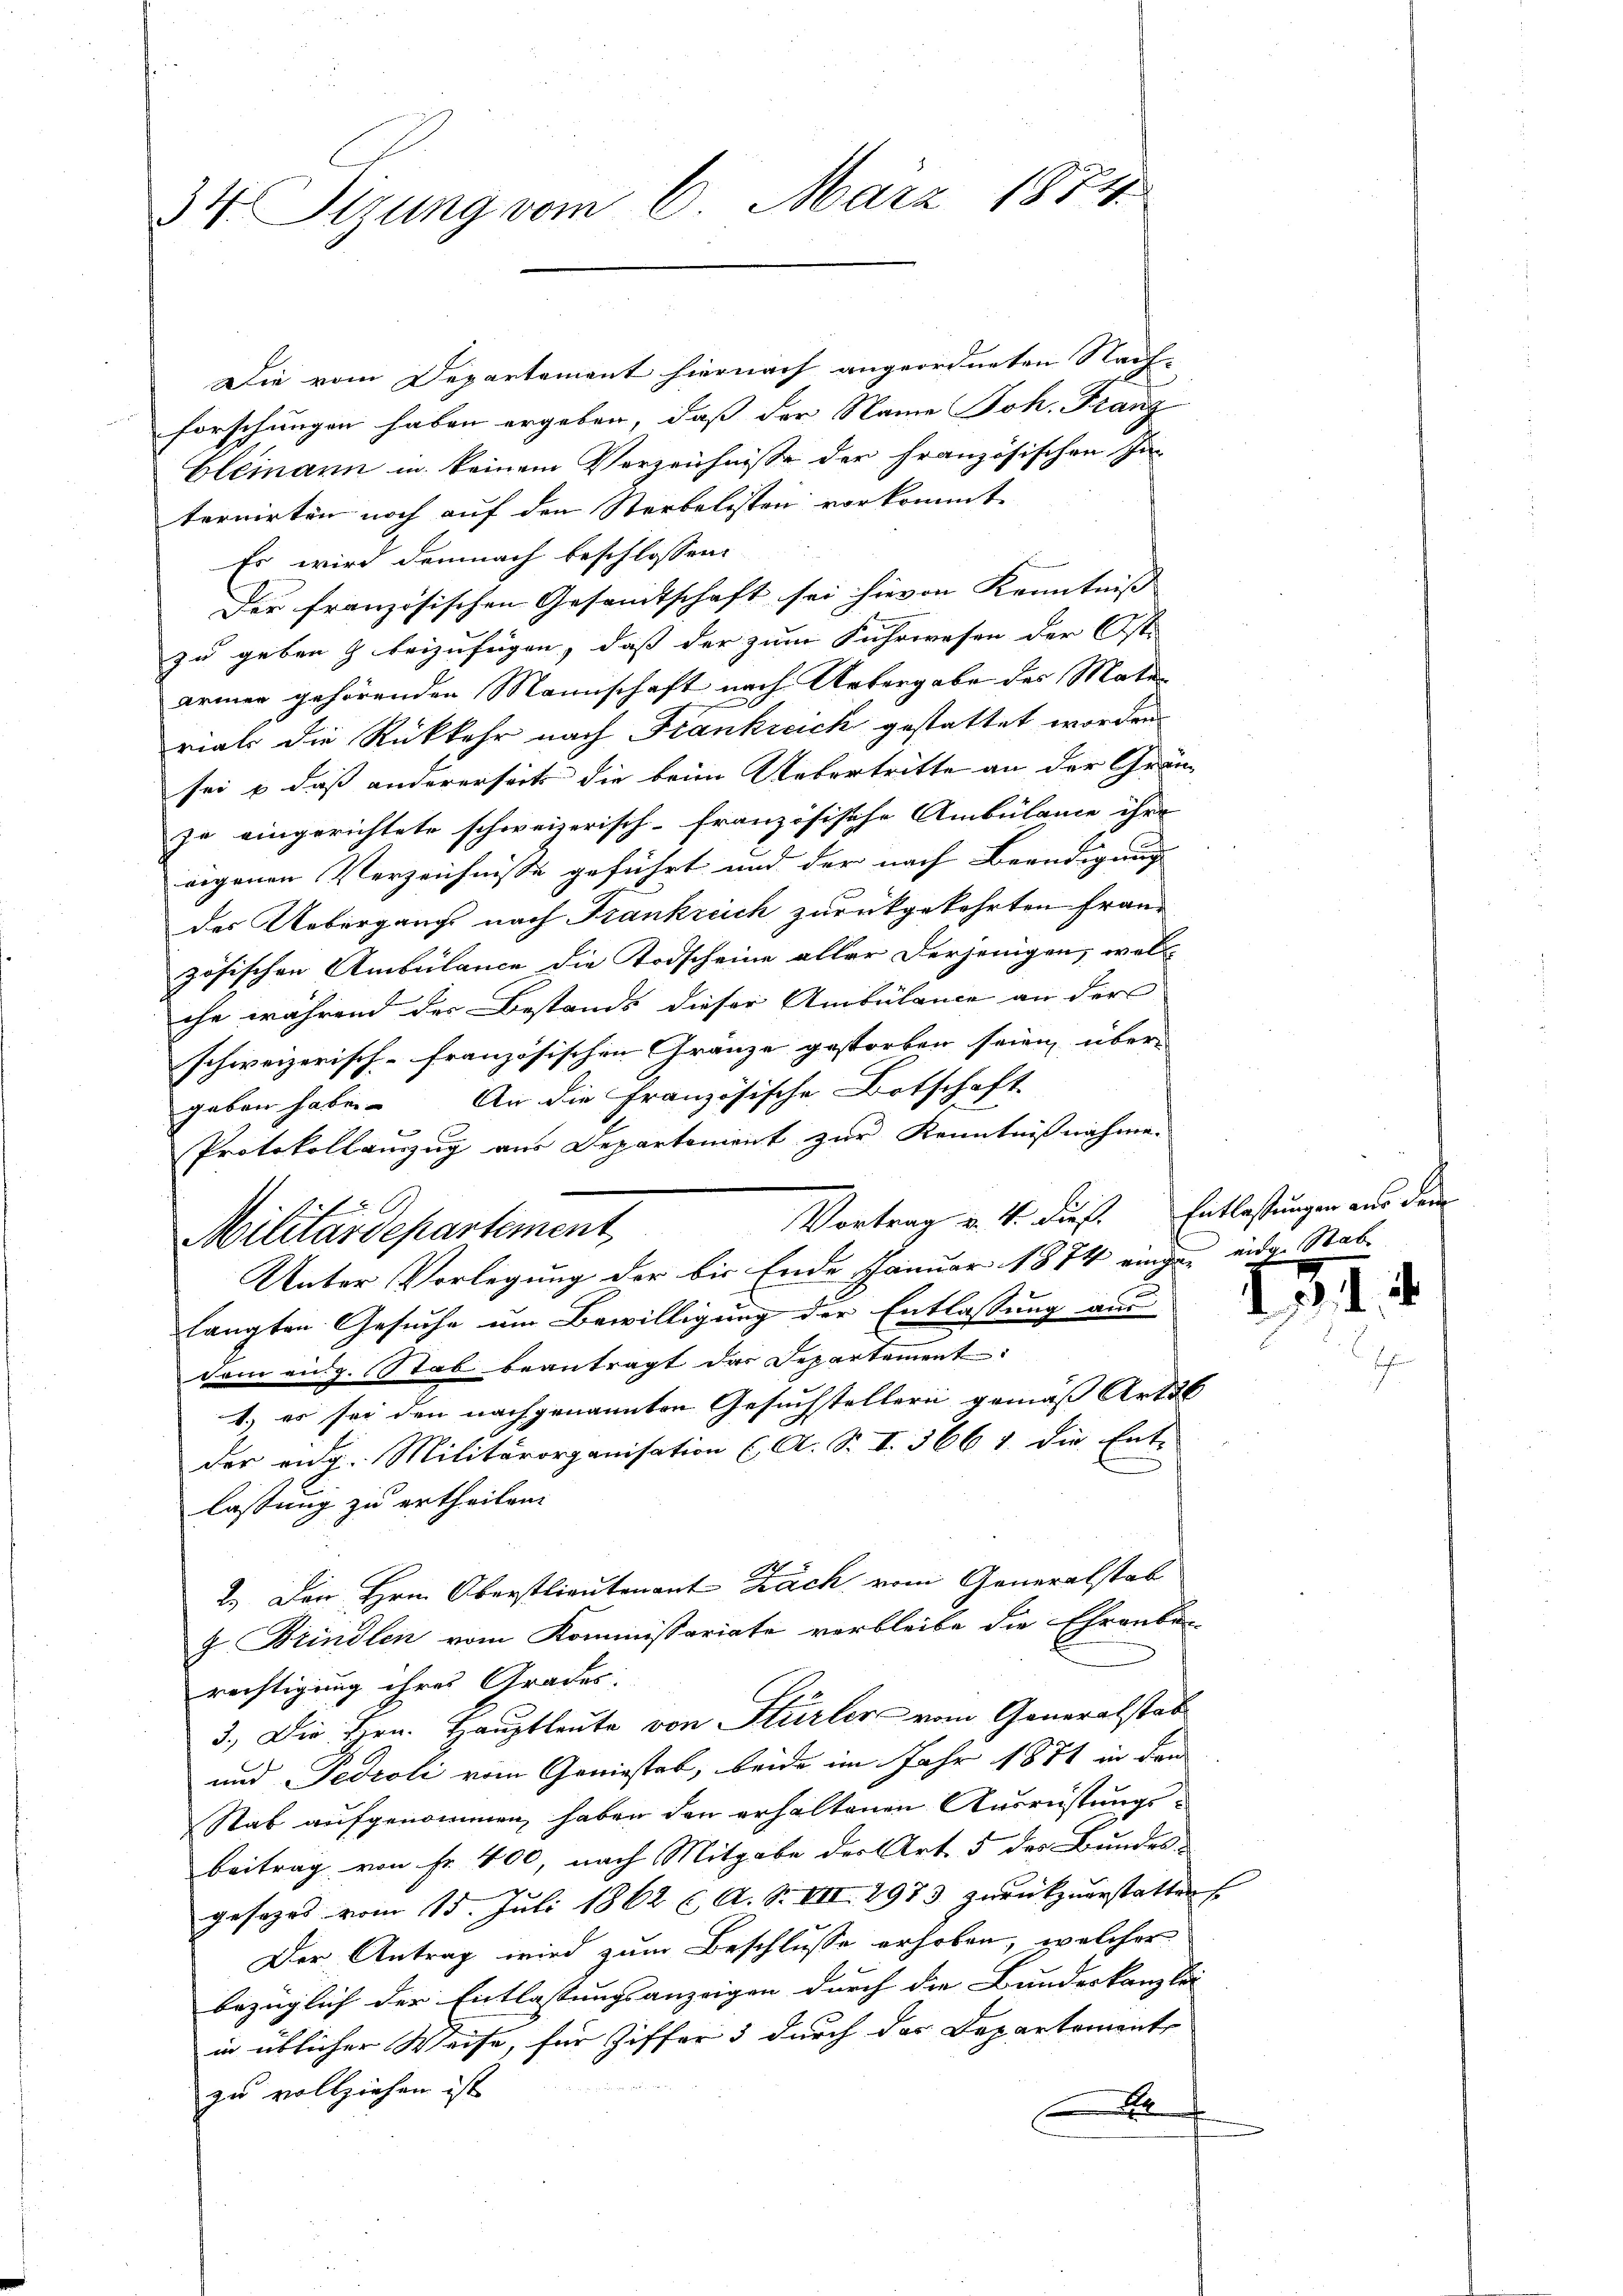
34. Sizung vom 6. März 1874.

Die vom Departement hiernach angeordneten Nach-
forschungen haben ergeben, daß der Name Joh. Franz
blemann in keinem Verzeichnisse der französischen In-
ternirten noch auf den Sterbalisten vorkommt.
Es wird demnach beschlossen:
Der französischen Gesandtschaft sei hievon Kenntniss |
zu geben & beizufügen, daß der zum Fuhrwesen der Oste
armen gehörenden Mannschaft nach Uebergabe des Materials die Rückkehr nach Frankreich gestattet worden.
sei & daß andererseits die beim Uebertritte an der Gränz
ze eingerichtete schweizerisch-französische Ambülame ihre
eigenen Verzeichnisse geführt und der nach Beendigung
des Uebergangs nach Frankreich zurückgekehrten Französischen Ambülance die Todscheine aller derjenigen, welc
che während der Bestands dieser Ambülance an der
schweizerisch-französischen Gränze gestorben seien, über- |
geben habe. An die Französische Botschaft
Protokollanzug aus Departement zur Kenntnißnahme.
Vortrag v. 4. dieß. Entlastungen aus dem
Militärdepartement,
Unter Vorlegung der bis Ende Januar 1874 eingen eiden Stab-
langten Gesuche um Bewilligung der Entlassung aus
dam eidg. Stab beantragt das Separtement:
1.) es sei den nachgenannten Gesuchstellern gemäß Art 36
der eidg. Militärorganisation (A. S. I. 3661. die Ent-
lassung zu ertheilen.
2.) Der Hrn. Oberstlieutenant. Zach vom Generalstab
z Brindlen vom Kommissariate verbleibe die Ehrenbe
rechtigung ihres Grades.
3.) Die Hrn. Hauptleute von Stürler vom Generalstab
und Fedroli vom Geniestel, beide im Jahr 1881 in den
Rab aufgenommen, haben den erhaltenen Ausrüstungs¬
Beitrag von Fr. 400, nach Mitgabe der Art. 5 des Bundes-
g
gesezes vom 15. Juli 1862 ( A. S. VII 2973 zurückzuerstatten
Der Antrag wird zum Beschlusse erhoben, welcher
bezüglich der Entlassungsanzeigen durch die Bundeskanzlei
in üblicher Weise, für Ziffer 3 durch der Departements
zu vollziehen ist.
D

III.